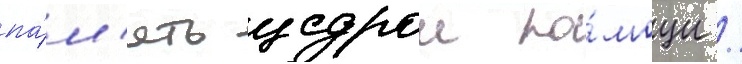
па́м'ять щедрои по́мощи /